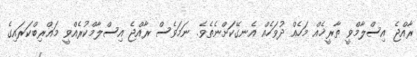
ރާއްޖެ އިސްލާމްވީ ތާރީޚެއް މަހެއް ދުވަހެއް އެނގޭކަށްނެތެވެ. ނަމަވެސް ރާއްޖެ އިސްލާމްކުރެއްވީ މަޣްރިބްކަރައިގެ